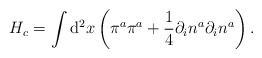
\begin{align*}H_c=\int{\rm d}^{2}x\left(\pi^{a}\pi^{a} +\frac{1}{4}\partial_{i}n^{a}\partial_{i}n^{a}\right).\end{align*}